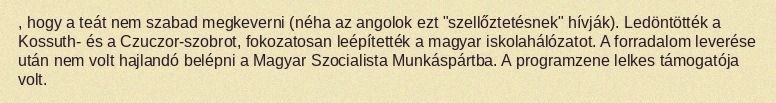
, hogy a teát nem szabad megkeverni (néha az angolok ezt "szellőztetésnek" hívják). Ledöntötték a Kossuth- és a Czuczor-szobrot, fokozatosan leépítették a magyar iskolahálózatot. A forradalom leverése után nem volt hajlandó belépni a Magyar Szocialista Munkáspártba. A programzene lelkes támogatója volt.